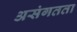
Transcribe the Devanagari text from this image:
असंगतता